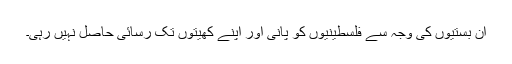
ان بستیوں کی وجہ سے فلسطینیوں کو پانی اور اپنے کھیتوں تک رسائی حاصل نہیں رہی۔